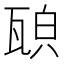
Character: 𤭍